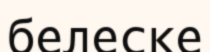
белеске